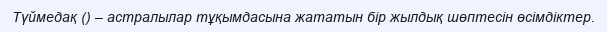
Түймедақ () – астралылар тұқымдасына жататын бір жылдық шөптесін өсімдіктер.